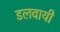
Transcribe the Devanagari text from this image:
डलवायी